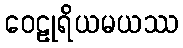
ဝေဠုရိယမယဿ